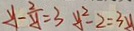
y - \frac { 2 } { y } = 3 y ^ { 2 } - 2 = 3 y